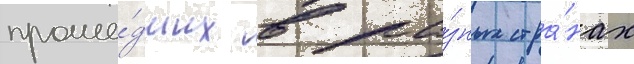
проше́дших в ра́зных стра́нах